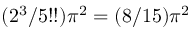
( 2 ^ { 3 } / 5 ! ! ) \pi ^ { 2 } = ( 8 / 1 5 ) \pi ^ { 2 }